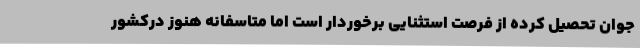
جوان تحصیل کرده از فرصت استثنایی برخوردار است اما متاسفانه هنوز درکشور